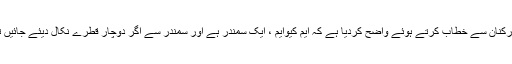
جناب الطاف حسین نے گزشتہ روز اپنے کارکنان سے خطاب کرتے ہوئے واضح کردیا ہے کہ ایم کیوایم ، ایک سمندر ہے اور سمندر سے اگر دوچار قطرے نکال دیئے جائیں تو سمندر کی حیثیت پر کوئی فرق نہیں پڑتا۔